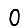
Digit: 0